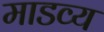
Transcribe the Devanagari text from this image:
माडव्य